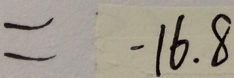
= - 1 6 . 8